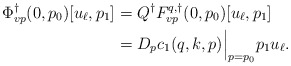
\begin{align*}\Phi^\dagger_{vp}(0,p_0)[u_\ell,p_1] &= Q^\dagger F^{q,\dagger}_{vp}(0,p_0)[u_\ell,p_1]\\&=D_p c_1(q,k,p)\Big|_{p=p_0}p_1u_\ell.\end{align*}